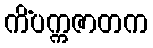
ကိံပက္ကဇာတက